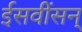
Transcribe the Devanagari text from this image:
ईसवींसन्